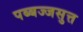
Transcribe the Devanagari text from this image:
पब्बज्जसुत्त